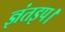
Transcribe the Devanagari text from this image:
ज्ञंतइप।